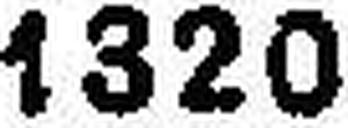
1320